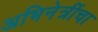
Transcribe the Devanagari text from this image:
अभिनेत्रींचा